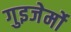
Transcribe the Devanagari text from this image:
गुइजेर्मो